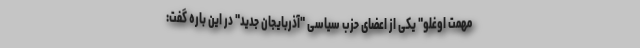
مهمت اوغلو" یکی از اعضای حزب سیاسی "آذربایجان جدید" در این باره گفت: